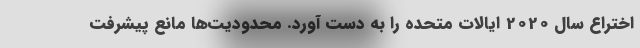
اختراع سال 2020 ایالات متحده را به دست آورد. محدودیت‌ها مانع پیشرفت